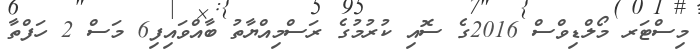
މިސްޓަރ މޯލްޑިވްސް 2016ގެ ސޮއި ކުރުމުގެ ރަސްމިއްޔާތު ބާއްވައިފި6 މަސް 2 ހަފްތާ